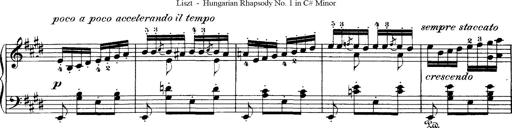
Title: Hungarian Rhapsody No.1
Composer: Franz Liszt
Key: C-sharp minor